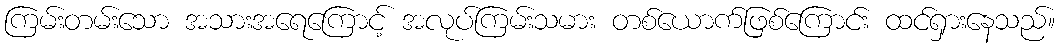
ကြမ်းတမ်းသော အသားအရေကြောင့် အလုပ်ကြမ်းသမား တစ်ယောက်ဖြစ်ကြောင်း ထင်ရှားနေသည်။